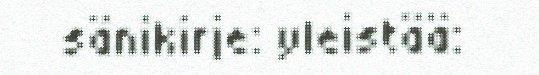
sänikirje: yleistää: